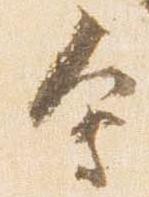
会